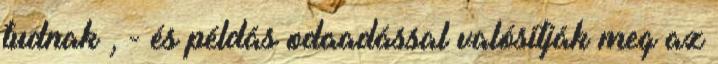
tudnak , - és példás odaadással valósítják meg az